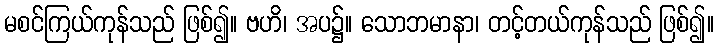
မစင်ကြယ်ကုန်သည် ဖြစ်၍။ ဗဟိ၊ အပ၌။ သောဘမာနာ၊ တင့်တယ်ကုန်သည် ဖြစ်၍။